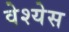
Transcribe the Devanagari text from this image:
वेश्येस